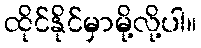
ထိုင်နိုင်မှာမို့လို့ပါ။